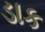
ડાક